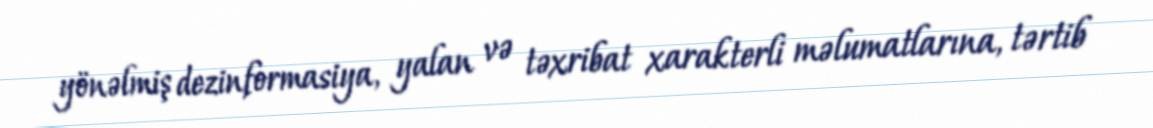
yönəlmiş dezinformasiya, yalan və təxribat xarakterli məlumatlarına, tərtib